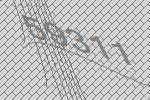
59311